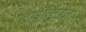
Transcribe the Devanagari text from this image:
ट्राईलिंग्वल